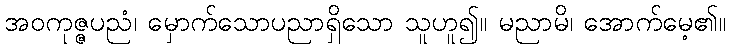
အဝကုဇ္ဇပညံ၊ မှောက်သောပညာရှိသော သူဟူ၍။ မညာမိ၊ အောက်မေ့၏။